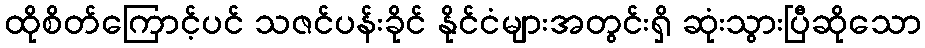
ထိုစိတ်ကြောင့်ပင် သဇင်ပန်းခိုင် နိုင်ငံများအတွင်းရှိ ဆုံးသွားပြီဆိုသော